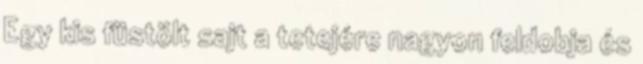
Egy kis füstölt sajt a tetejére nagyon feldobja és